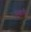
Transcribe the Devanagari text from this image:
मुखारि